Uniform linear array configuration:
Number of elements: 12
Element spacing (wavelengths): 0.75
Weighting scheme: exponential
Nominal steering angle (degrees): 60
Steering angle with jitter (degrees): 61.835
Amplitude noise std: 0.05
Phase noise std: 0.05

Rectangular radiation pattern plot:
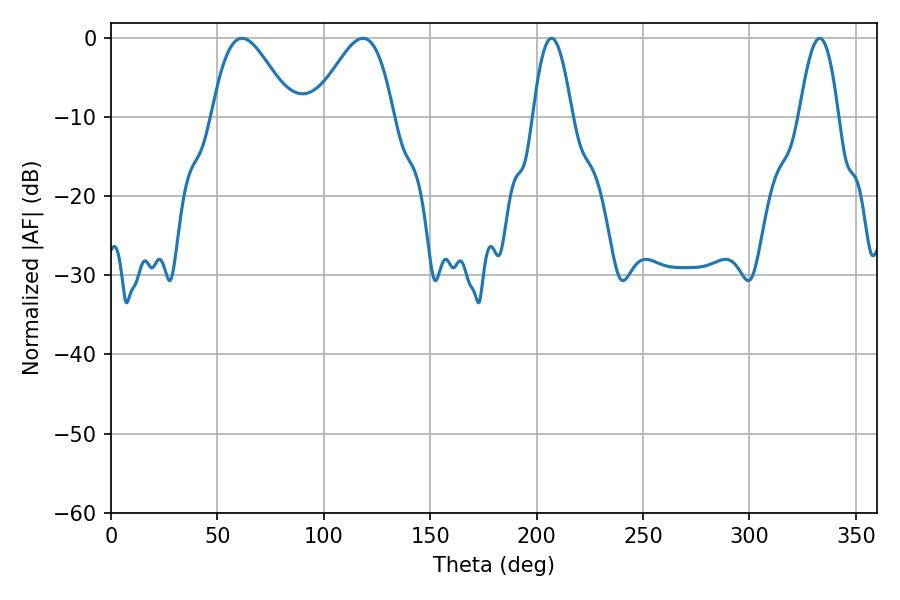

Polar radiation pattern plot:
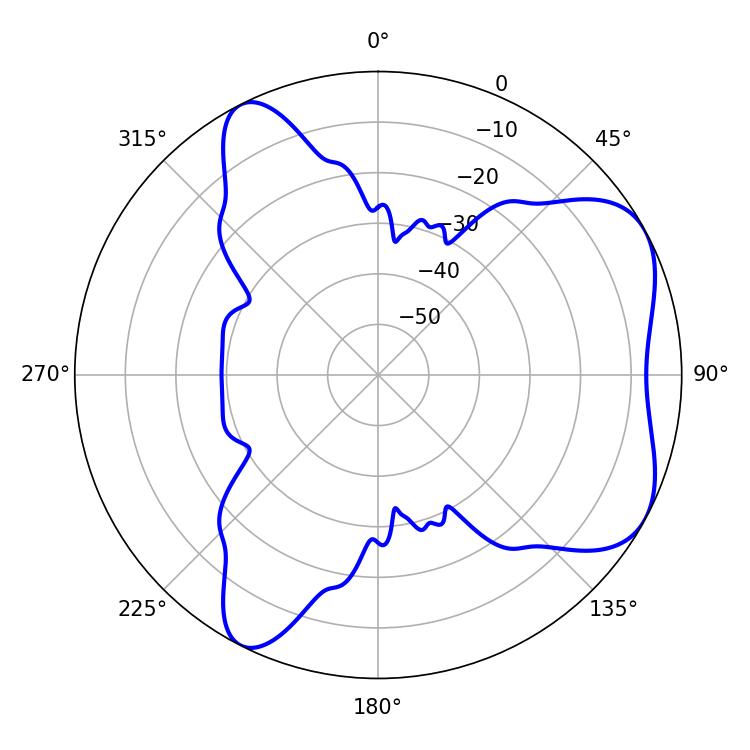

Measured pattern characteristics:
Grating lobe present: TRUE
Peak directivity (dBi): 5.707
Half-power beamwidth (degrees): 10.08
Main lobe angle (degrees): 207